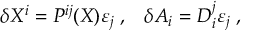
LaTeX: \delta X ^ { i } = P ^ { i j } ( X ) \varepsilon _ { j } \; , \; \; \; \delta A _ { i } = D _ { i } ^ { j } \varepsilon _ { j } \; ,